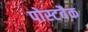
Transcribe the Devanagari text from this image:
पोस्टबैक